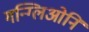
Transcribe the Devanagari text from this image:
गन्ग्लिओनि